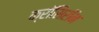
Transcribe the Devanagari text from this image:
क्रॉसिरॉन